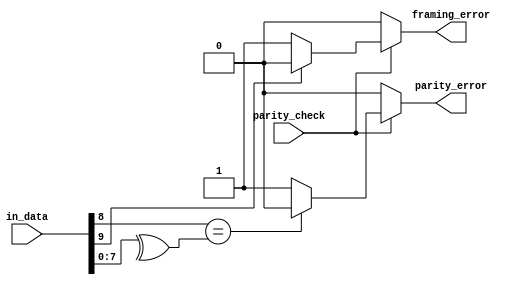
module rxd_parity(parity_check,in_data, parity_error, framing_error);
input [9:0]in_data; 
input parity_check;
output parity_error;
output framing_error;
//Parity with in_data and parity_check as inputs
//parity with parity_error and framing_error

//assign the variables to hold the parity bit
wire parity_bit;

//assign variable to hold the input data(exclude start bit, parity bit and stop bit)
wire [7:0]temp_data;
reg parity_error;
reg framing_error;

//parity bit equal to the 9th bit
assign parity_bit= in_data[8];

//hold the input data(exclude start bit, parity bit and stop bit)
assign temp_data= in_data[7:0];

always@(in_data, parity_bit, temp_data,parity_check)
begin
	//if enable parity_check, then do commands
	if(parity_check==1)
		begin
			//framing error condition
			if(in_data[9]==1'b0)
				framing_error=1'b1;
			else
				framing_error=1'b0;
				
			//parity_error condition
			if(parity_bit==^temp_data)
				parity_error=1'b0;
			else
				parity_error=1'b1;
		end
	else
		begin
			//if not enable,then clear
			framing_error=1'b0;
			parity_error=1'b0;
		end
end
endmodule